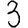
Digit: 3